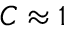
{ \cal C } \approx 1